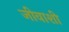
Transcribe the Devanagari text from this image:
जीवाशी